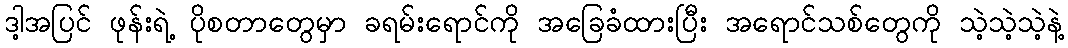
ဒါ့အပြင် ဖုန်းရဲ့ ပိုစတာတွေမှာ ခရမ်းရောင်ကို အခြေခံထားပြီး အရောင်သစ်တွေကို သဲ့သဲ့သဲ့နဲ့